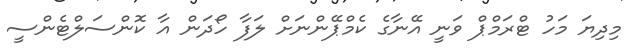
މިދިޔަ މަހު ޓްރަމްޕް ވަނީ އޭނާގެ ކެމްޕޭންނަށް ލަފާ ހޯދަން އާ ކޮންސަލްޓެންސީ